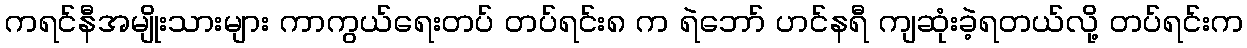
ကရင်နီအမျိုးသားများ ကာကွယ်ရေးတပ် တပ်ရင်း၈ က ရဲဘော် ဟင်နရီ ကျဆုံးခဲ့ရတယ်လို့ တပ်ရင်းက